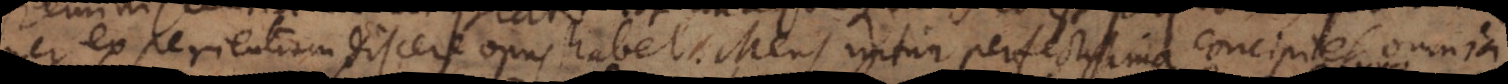
per experientiam discere opus habet. Mens igitur perfectissima concipiet omnia